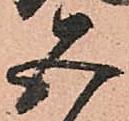
五